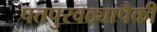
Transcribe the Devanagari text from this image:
पतपुरवठ्यापैकी